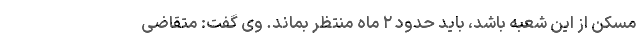
مسکن از این شعبه باشد، باید حدود ۲ ماه منتظر بماند. وی گفت: متقاضی